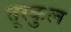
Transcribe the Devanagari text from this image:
तूरकुल